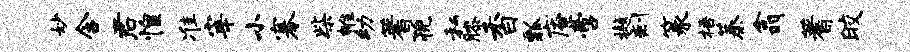
妙含君惶准宰小搴柴帷幼蓍猊私膝香瓢庵啻樾剩篆梧蓁翕蓍皎